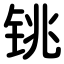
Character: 铫